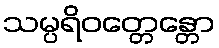
သမ္ပရိဝတ္တေန္တော